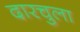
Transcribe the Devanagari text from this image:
दारचुला